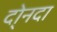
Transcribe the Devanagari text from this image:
दो्नदा